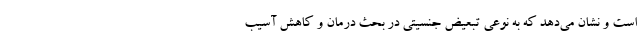
است و نشان می‌دهد که به نوعی تبعیض جنسیتی در بحث درمان و کاهش آسیب